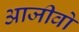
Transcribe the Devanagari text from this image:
आजीवो